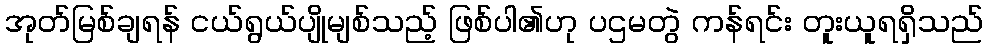
အုတ်မြစ်ချရန် ငယ်ရွယ်ပျိုမျစ်သည့် ဖြစ်ပါ၏ဟု ပဌမတွဲ ကန်ရင်း တူးယူရရှိသည်